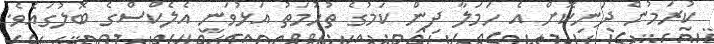
ކުރަމުން ދަނިކޮށް އެ ހަމަލާ ދިން ކަމުގެ ތުހުމަތު އަޅުވަނީ އެލެކްސްގެ ބޮލުގައެވެ.